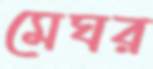
মেঘর